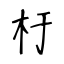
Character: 杅